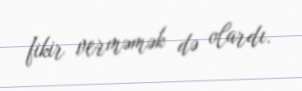
fikir verməmək də olardı.